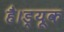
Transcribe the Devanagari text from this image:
है।ड्यूक